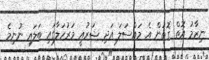
ނިޒާމު އޮތް ގޮތުން އެ މައްސަލަ އަދި ޝަރުއީ މަރުހަލާގައި ބަލައި ނުނިމެ